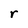
Character: r